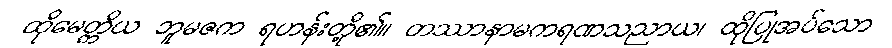
ထိုမေတ္တိယ ဘူမဇက ရဟန်းတို့၏။ တဿာနာမကရဏသညာယ၊ ထိုပြုအပ်သော